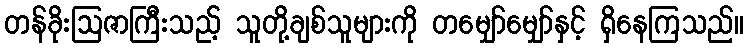
တန်ခိုးဩဇာကြီးသည့် သူတို့ချစ်သူများကို တမျှော်မျှော်နှင့် ရှိနေကြသည်။